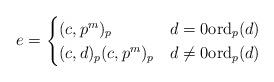
LaTeX: \begin{align*} e = \begin{cases} (c,p^m)_p & d = 0 \mathrm{ord}_p(d) \\ (c,d)_p(c,p^m)_p & d \neq 0 \mathrm{ord}_p(d) \end{cases} \end{align*}